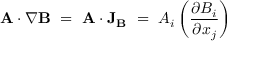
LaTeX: \mathbf { A } \cdot \nabla \mathbf { B } \ = \ \mathbf { A } \cdot \mathbf { J } _ { \mathbf { B } } \ = \ A _ { i } \left( { \frac { \partial B _ { i } } { \partial x _ { j } } } \right)